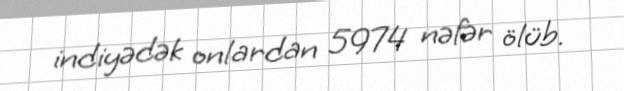
indiyədək onlardan 5974 nəfər ölüb.